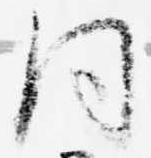
同